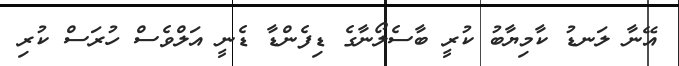
އޭނާ ލަނޑު ކާމިޔާބު ކުރީ ބާސެލޯނާގެ ޑިފެންޑާ ޑެނީ އަލްވެސް ހުރަސް ކުރި